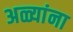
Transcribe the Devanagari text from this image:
अळ्यांना